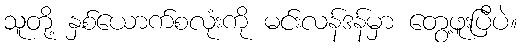
သူတို့ နှစ်ယောက်စလုံးကို မင်းလန်ဒန်မှာ တွေ့ဖူးပြီပဲ။